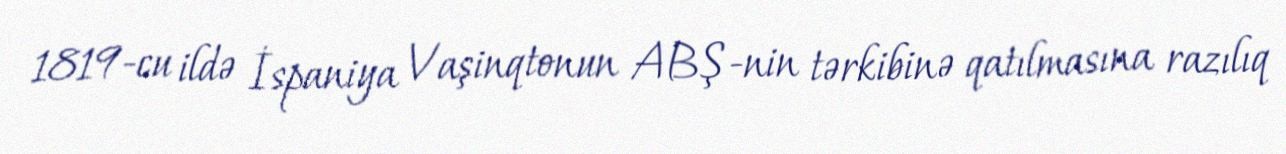
1819-cu ildə İspaniya Vaşinqtonun ABŞ-nin tərkibinə qatılmasına razılıq